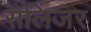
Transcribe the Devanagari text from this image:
सैलिंजर